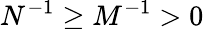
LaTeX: N^{-1}\geq M^{-1}>0